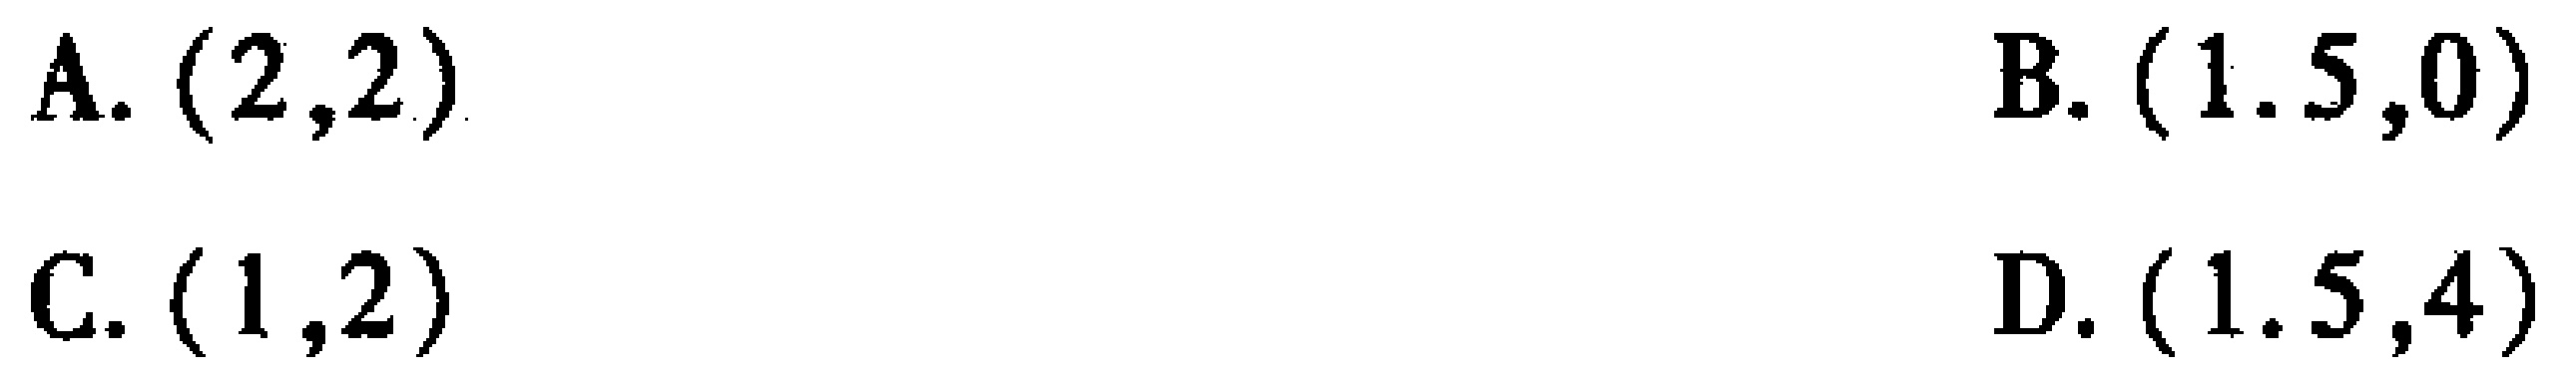
A. \((2,2)\)  B. \((1.5,0)\)  C. \((1,2)\)  D. \((1.5,4)\)